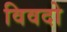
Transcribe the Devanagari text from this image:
विवदो